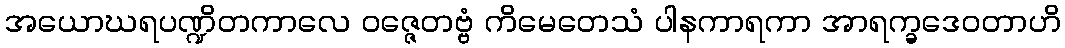
အယောဃရပဏ္ဍိတကာလေ ဝဇ္ဇေတဗ္ဗံ ကိမေတေသံ ပါနကာရကာ အာရက္ခဒေဝတာဟိ